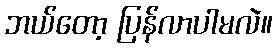
ဘယ်တော့ ပြန်လာပါမလဲ။